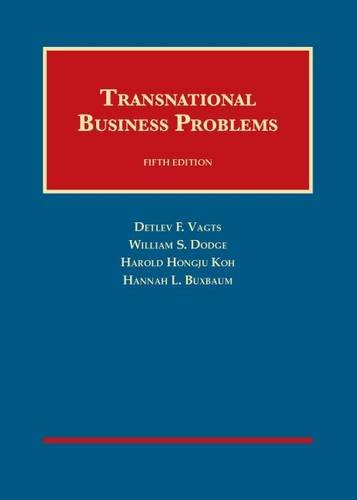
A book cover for Transnational Business Problems (University Casebook Series); Detlev Vagts; Law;